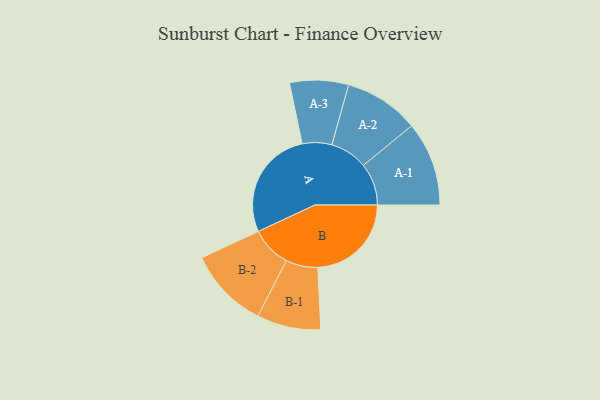
{"axis": {"x": "Segment", "y": "Value"}, "legend": ["", "A", "B"], "data": [{"x": "A", "y": 477, "type": ""}, {"x": "B", "y": 404, "type": ""}, {"x": "A-1", "y": 182, "type": "A"}, {"x": "A-2", "y": 162, "type": "A"}, {"x": "A-3", "y": 127, "type": "A"}, {"x": "B-1", "y": 138, "type": "B"}, {"x": "B-2", "y": 175, "type": "B"}]}